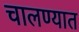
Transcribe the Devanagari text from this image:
चालण्यात